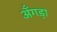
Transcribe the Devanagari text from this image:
अँगड़ा